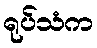
ရုပ်သံက